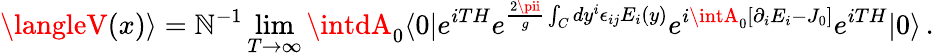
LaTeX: \langleV(x)\rangle=\mathbb{N}^{-1}\operatorname*{lim}_{T\rightarrow\infty}\intdA_{0}\langle0|e^{iTH}e^{{\frac{{2\pii}}{{g}}}\int_{C}dy^{i}\epsilon_{ij}E_{i}(y)}e^{i\intA_{0}[\partial_{i}E_{i}-J_{0}]}e^{iTH}|0\rangle\, .